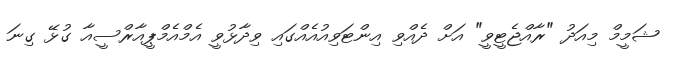
ޝަމީމް މިއަދު "ރާއްޖެޓީވީ" އަށް ދެއްވި އިންޓަވިއުއެއްގައި ވިދާޅުވީ އެމްއެމްޕީއާރްސީއާ ގުޅޭ ގިނަ